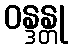
ဝန္ဒန္တု